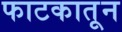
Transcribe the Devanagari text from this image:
फाटकातून